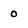
Character: o